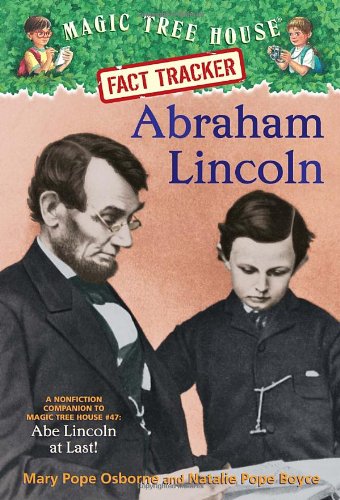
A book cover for Magic Tree House Fact Tracker: Abraham Lincoln: A Nonfiction Companion to Magic Tree House #47: Abe Lincoln at Last!; Mary Pope Osborne; Children's Books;